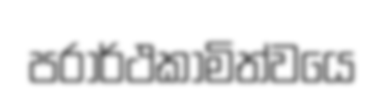
පරාර්ථකාමිත්වයෙ